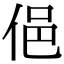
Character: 俋